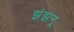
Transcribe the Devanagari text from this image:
झंझनू